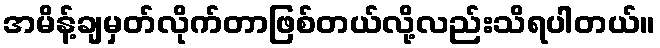
အမိန့်ချမှတ်လိုက်တာဖြစ်တယ်လို့လည်းသိရပါတယ်။